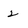
Character: 2